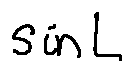
\sin L